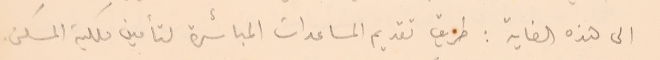
الى هذه الغاية: طريق تقديم المساعدات المباشرة لتأمين ملكية المسكن